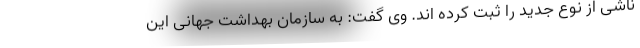
ناشی از نوع جدید را ثبت کرده اند. وی گفت: به سازمان بهداشت جهانی این